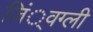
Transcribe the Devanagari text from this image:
ज़िं्वग्ली